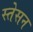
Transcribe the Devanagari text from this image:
स्तेसन